Elephants and their diseases
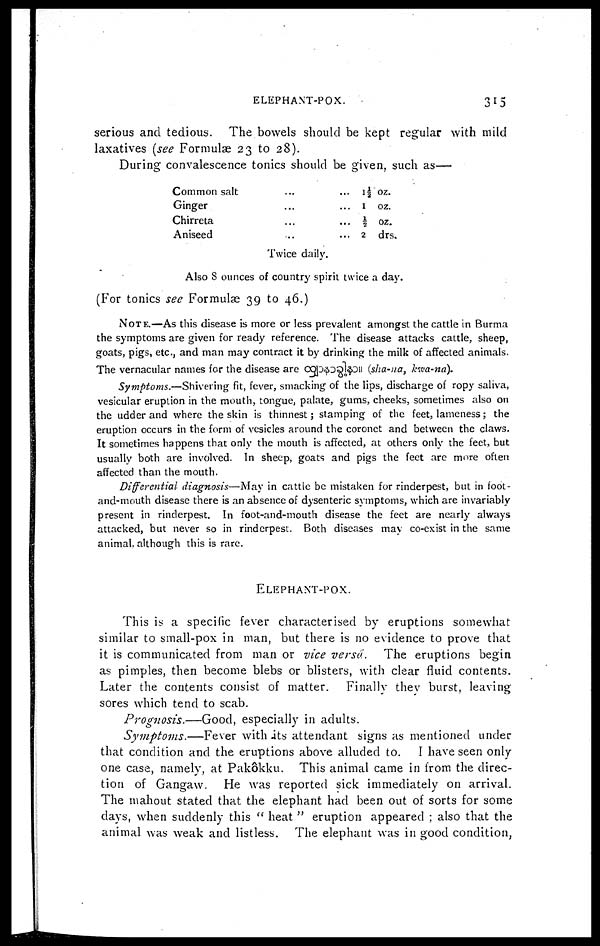
ELEPHANT-POX.
315
serious and tedious. The bowels should be kept regular with mild
laxatives (see Formulae 23 to 28).
During convalescence tonics should be given, such as—
Common salt
...
Ginger
...
...
Chirreta
Aniseed
...
1½ oz.
1
oz.
½ oz.
2 drs.
Twice daily.
Also 8 ounces of country spirit twice a day.
(For tonics see Formulae 39 to 46.)
NOTE.—As this disease is more or less prevalent amongst the cattle in Burma
the symptoms are given for ready reference. The disease attacks cattle, sheep,
goats, pigs, etc., and man may contract it by drinking the milk of affected animals.
The vernacular names for the disease are
(sha-na, kwa-na).
Symptoms.—Shivering fit, fever, smacking of the lips, discharge of ropy saliva,
vesicular eruption in the mouth, tongue, palate, gums, cheeks, sometimes also on
the udder and where the skin is thinnest; stamping of the feet, lameness ; the
eruption occurs in the form of vesicles around the coronet and between the claws.
It sometimes happens that only the mouth is affected, at others only the feet, but
usually both are involved. In sheep, goats and pigs the feet are more often
affected than the mouth.
Differential diagnosis—May in cattle be mistaken for rinderpest, but in foot-
and-mouth disease there is an absence of dysenteric symptoms, which are invariably
present in rinderpest. In foot-and-mouth disease the feet are nearly always
attacked, but never so in rinderpest. Both diseases may co-exist in the same
animal although this is rare.
ELEPHANT-POX.
This is a specific fever characterised by eruptions somewhat
similar to small-pox in man, but there is no evidence to prove that
it is communicated from man or vice versa.
The eruptions begin
as pimples, then become blebs or blisters, with clear fluid contents.
Later the contents consist of matter. Finally they burst, leaving
sores which tend to scab.
Prognosis.—Good, especially in adults.
Symptoms.—Fever with its attendant signs as mentioned under
that condition and the eruptions above alluded to. I have seen only
one case, namely, at Pakôkku. This animal came in from the direc-
tion of Gangaw. He was reported sick immediately on arrival.
The mahout stated that the elephant had been out of sorts for some
days, when suddenly this " heat " eruption appeared ; also that the
animal was weak and listless. The elephant was in good condition,